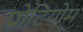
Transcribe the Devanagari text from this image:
प्रोटियोम